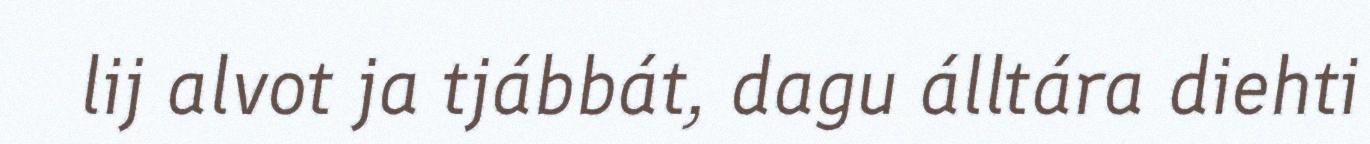
lij alvot ja tjábbát, dagu álltára diehti